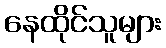
နေထိုင်သူများ